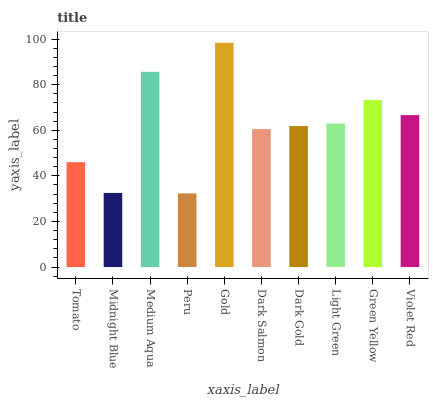
| xaxis_label | bars |
 | --- | --- |
 | Tomato | 46 |
 | Midnight Blue | 32.5 |
 | Medium Aqua | 85.7 |
 | Peru | 32.3 |
 | Gold | 98.4 |
 | Dark Salmon | 60.5 |
 | Dark Gold | 61.9 |
 | Light Green | 63 |
 | Green Yellow | 73.3 |
 | Violet Red | 66.7 |